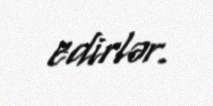
edirlər.